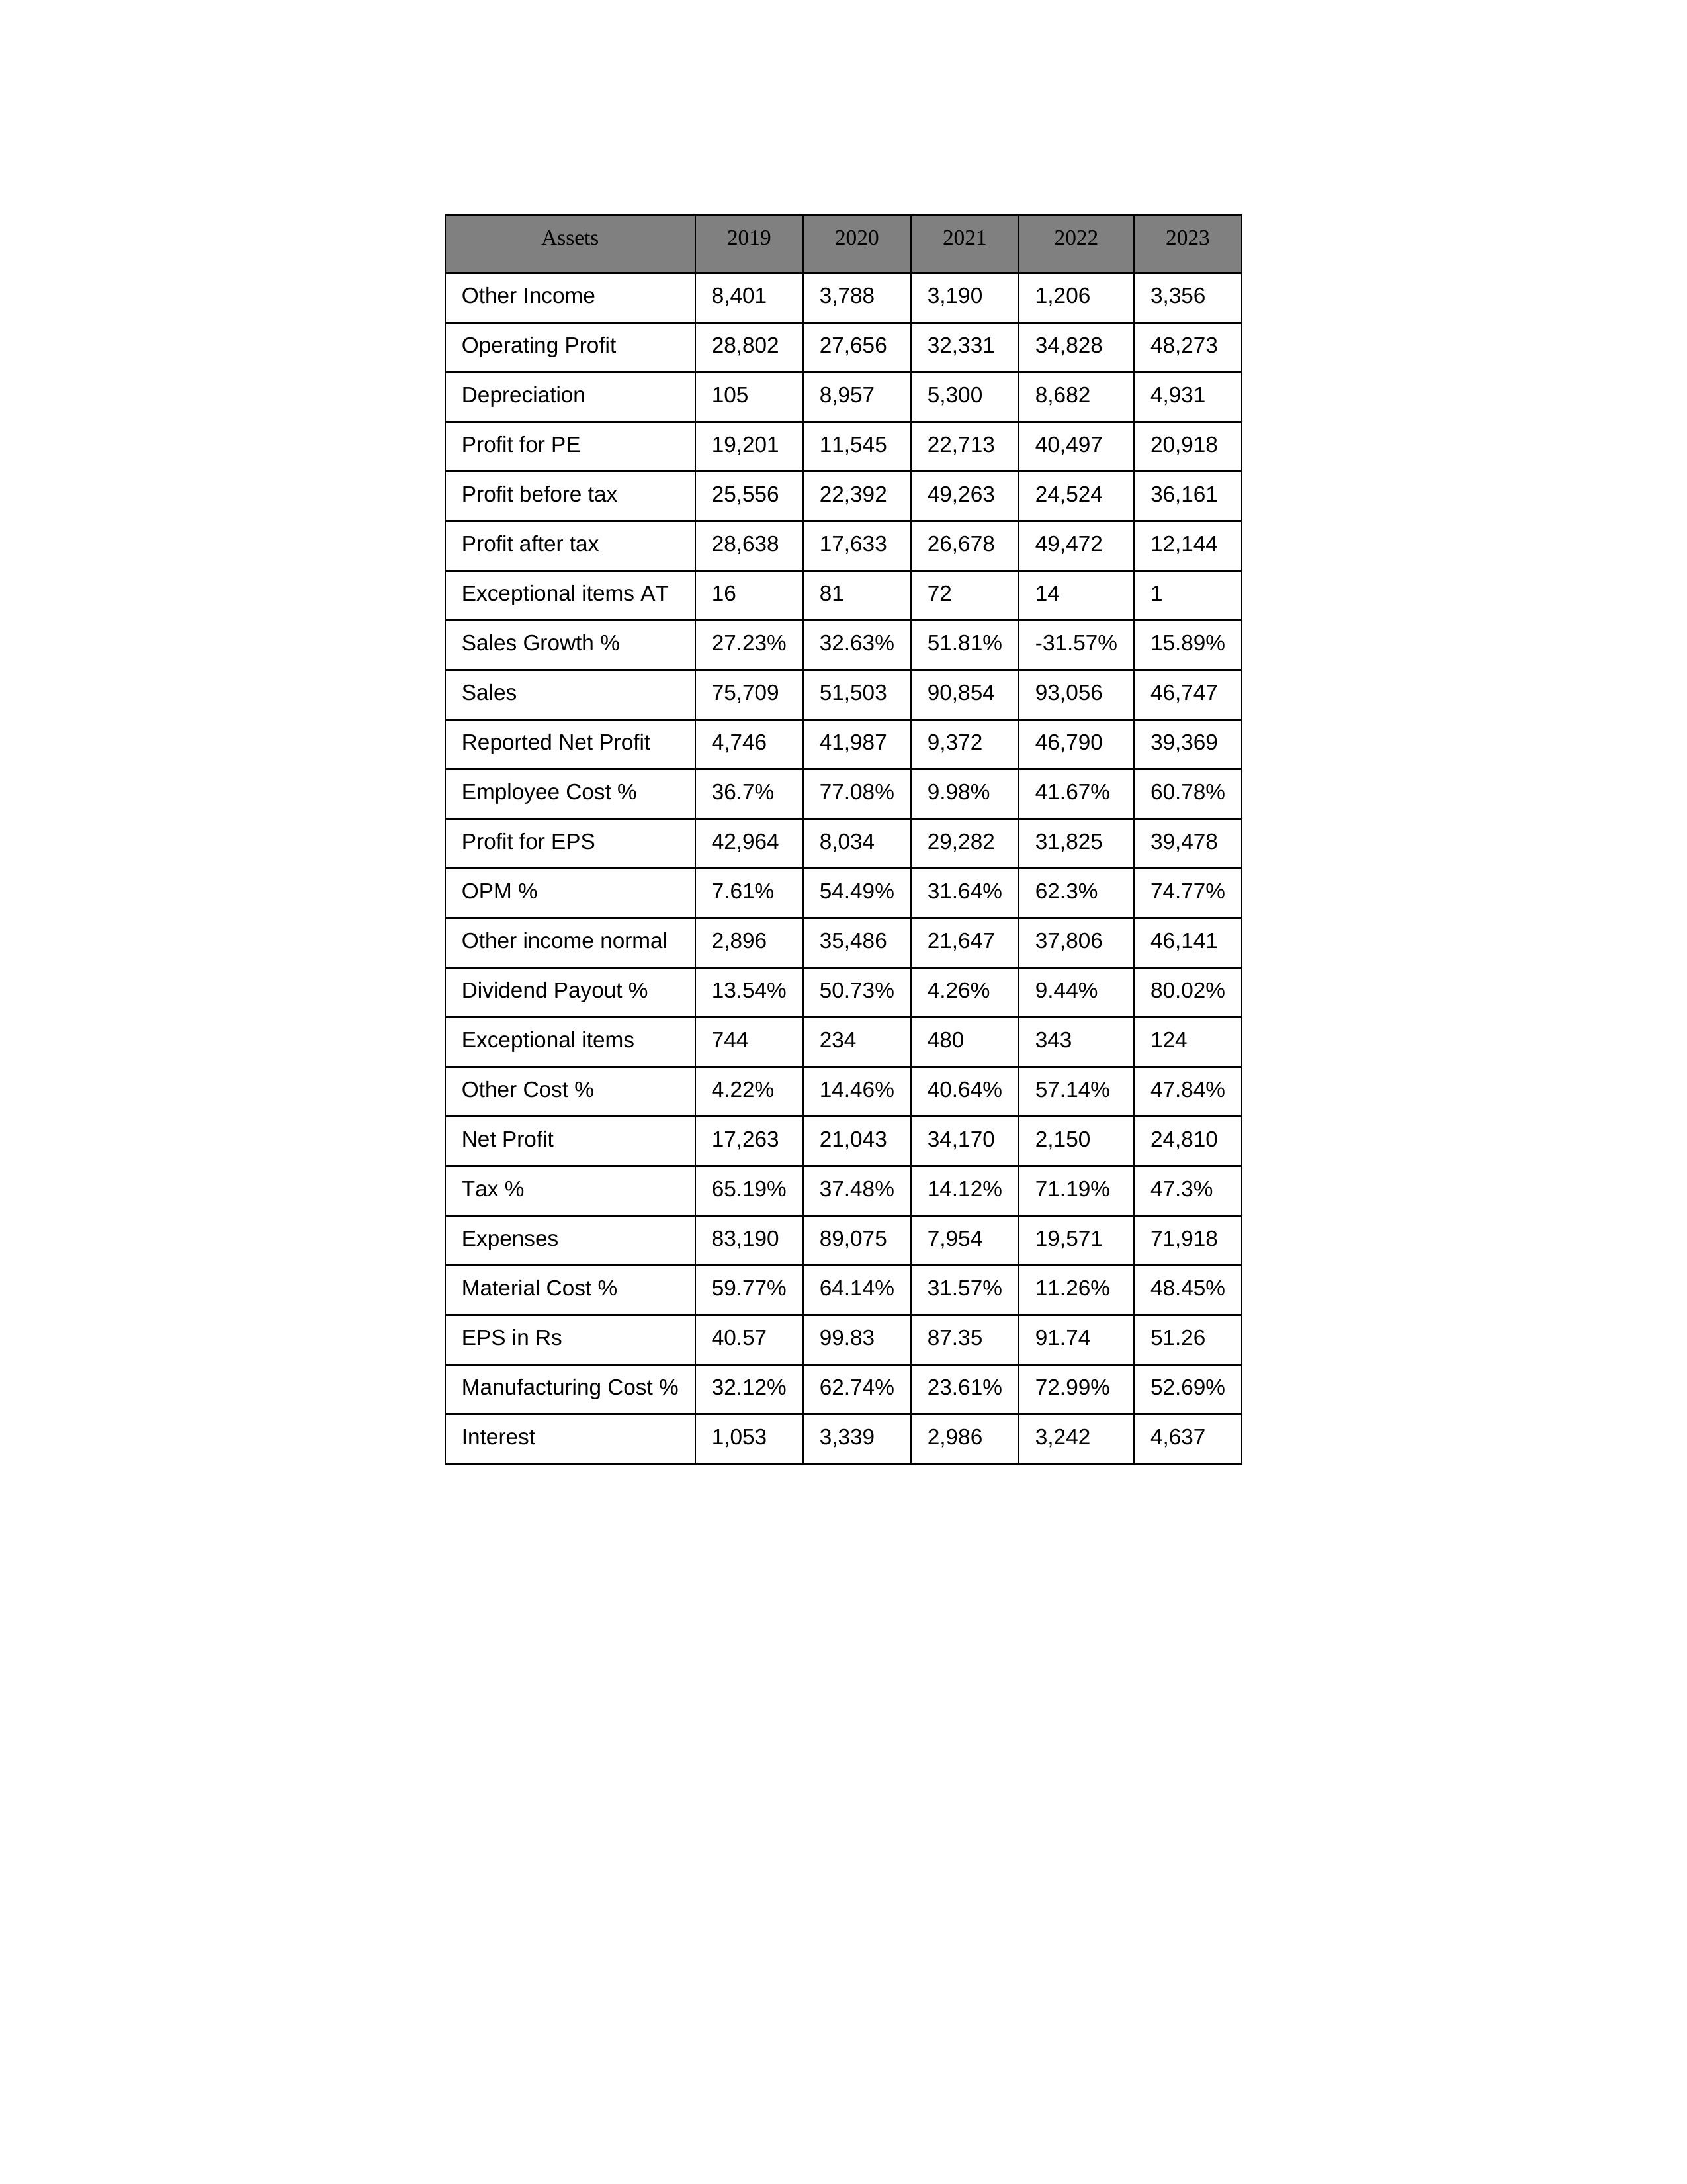
gt_parse: 2019: Sales: 75,709
Sales Growth %: 27.23%
Expenses: 83,190
Material Cost %: 59.77%
Manufacturing Cost %: 32.12%
Employee Cost %: 36.7%
Other Cost %: 4.22%
Operating Profit: 28,802
OPM %: 7.61%
Other Income: 8,401
Exceptional items: 744
Other income normal: 2,896
Interest: 1,053
Depreciation: 105
Profit before tax: 25,556
Tax %: 65.19%
Net Profit: 17,263
Profit after tax: 28,638
Reported Net Profit: 4,746
Profit for EPS: 42,964
Exceptional items AT: 16
Profit for PE: 19,201
EPS in Rs: 40.57
Dividend Payout %: 13.54%
2020: Sales: 51,503
Sales Growth %: 32.63%
Expenses: 89,075
Material Cost %: 64.14%
Manufacturing Cost %: 62.74%
Employee Cost %: 77.08%
Other Cost %: 14.46%
Operating Profit: 27,656
OPM %: 54.49%
Other Income: 3,788
Exceptional items: 234
Other income normal: 35,486
Interest: 3,339
Depreciation: 8,957
Profit before tax: 22,392
Tax %: 37.48%
Net Profit: 21,043
Profit after tax: 17,633
Reported Net Profit: 41,987
Profit for EPS: 8,034
Exceptional items AT: 81
Profit for PE: 11,545
EPS in Rs: 99.83
Dividend Payout %: 50.73%
2021: Sales: 90,854
Sales Growth %: 51.81%
Expenses: 7,954
Material Cost %: 31.57%
Manufacturing Cost %: 23.61%
Employee Cost %: 9.98%
Other Cost %: 40.64%
Operating Profit: 32,331
OPM %: 31.64%
Other Income: 3,190
Exceptional items: 480
Other income normal: 21,647
Interest: 2,986
Depreciation: 5,300
Profit before tax: 49,263
Tax %: 14.12%
Net Profit: 34,170
Profit after tax: 26,678
Reported Net Profit: 9,372
Profit for EPS: 29,282
Exceptional items AT: 72
Profit for PE: 22,713
EPS in Rs: 87.35
Dividend Payout %: 4.26%
2022: Sales: 93,056
Sales Growth %: -31.57%
Expenses: 19,571
Material Cost %: 11.26%
Manufacturing Cost %: 72.99%
Employee Cost %: 41.67%
Other Cost %: 57.14%
Operating Profit: 34,828
OPM %: 62.3%
Other Income: 1,206
Exceptional items: 343
Other income normal: 37,806
Interest: 3,242
Depreciation: 8,682
Profit before tax: 24,524
Tax %: 71.19%
Net Profit: 2,150
Profit after tax: 49,472
Reported Net Profit: 46,790
Profit for EPS: 31,825
Exceptional items AT: 14
Profit for PE: 40,497
EPS in Rs: 91.74
Dividend Payout %: 9.44%
2023: Sales: 46,747
Sales Growth %: 15.89%
Expenses: 71,918
Material Cost %: 48.45%
Manufacturing Cost %: 52.69%
Employee Cost %: 60.78%
Other Cost %: 47.84%
Operating Profit: 48,273
OPM %: 74.77%
Other Income: 3,356
Exceptional items: 124
Other income normal: 46,141
Interest: 4,637
Depreciation: 4,931
Profit before tax: 36,161
Tax %: 47.3%
Net Profit: 24,810
Profit after tax: 12,144
Reported Net Profit: 39,369
Profit for EPS: 39,478
Exceptional items AT: 1
Profit for PE: 20,918
EPS in Rs: 51.26
Dividend Payout %: 80.02%